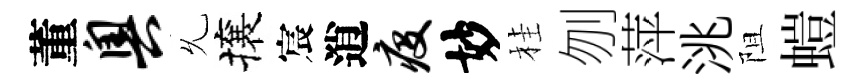
董奥𠃔攘宸逍疫妙桂刎萍洮阻螘